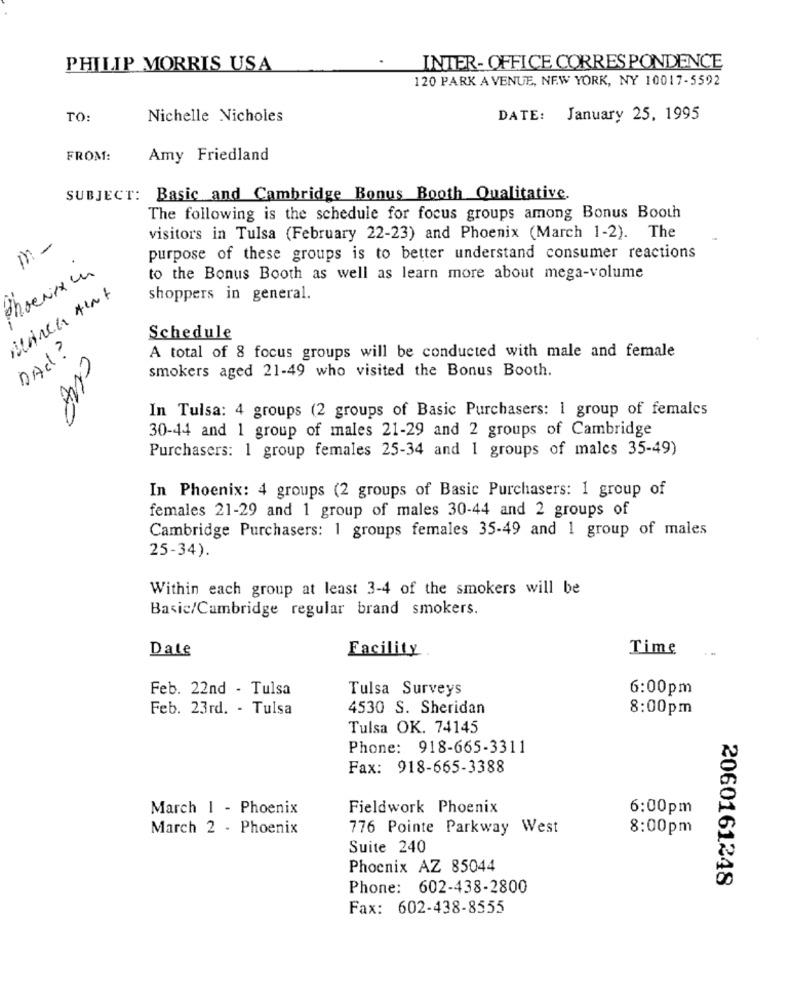
PHILIP MORRIS USA
INTER- OFFICE CORRESPONDENCE
120 PARK AVENUE, NEW YORK, NY 10017-5592
TO
Nichelle Nicholes
DATE: January 25, 1995
FROM:
Amy Friedland
SUBJECT: Basic and Cambridge Bonus Booth Qualitative.
The following is the schedule for focus groups among Bonus Booth
in -
visitors in Tulsa (February 22-23) and Phoenix (March 1-2). The
purpose of these groups is to better understand consumer reactions
to the Bonus Booth as well as learn more about mega-volume
shoppers in general.
Schedule
DAd ?
A total of 8 focus groups will be conducted with male and female
smokers aged 21-49 who visited the Bonus Booth.
In Tulsa: 4 groups (2 groups of Basic Purchasers: I group of females
30-44 and 1 group of males 21-29 and 2 groups of Cambridge
Purchasers: 1 group females 25-34 and 1 groups of males 35-49)
In Phoenix: 4 groups (2 groups of Basic Purchasers: 1 group of
females 21-29 and 1 group of males 30-44 and 2 groups of
Cambridge Purchasers: 1 groups females 35-49 and 1 group of males
25-34).
Within each group at least 3-4 of the smokers will be
Basic/Cambridge regular brand smokers.
Date
Facility
Time
Feb. 22nd - Tulsa
Tulsa Surveys
6:00pm
Feb. 23rd. - Tulsa
4530 S. Sheridan
8:00pm
Tulsa OK. 74145
Phone: 918-665-3311
Fax: 918-665-3388
March 1 - Phoenix
Fieldwork Phoenix
6:00pm
March 2 - Phoenix
776 Pointe Parkway West
8:00pm
Suite 240
Phoenix AZ 85044
2060161248
Phone: 602-438-2800
Fax: 602-438-8555